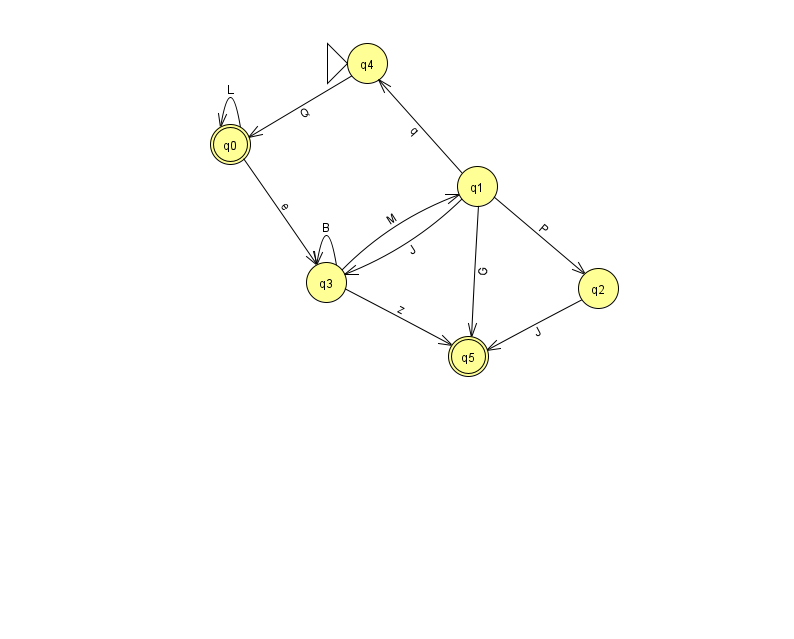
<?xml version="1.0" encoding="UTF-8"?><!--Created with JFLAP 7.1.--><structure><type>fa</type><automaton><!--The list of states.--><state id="0" name="q0"><x>230.0</x><y>131.0</y><final/></state><state id="1" name="q1"><x>477.0</x><y>173.0</y></state><state id="2" name="q2"><x>598.0</x><y>275.0</y></state><state id="3" name="q3"><x>326.0</x><y>269.0</y></state><state id="4" name="q4"><x>367.0</x><y>50.0</y><initial/></state><state id="5" name="q5"><x>468.0</x><y>343.0</y><final/></state><!--The list of transitions.--><transition><from>3</from><to>1</to><read>M</read></transition><transition><from>1</from><to>2</to><read>P</read></transition><transition><from>3</from><to>3</to><read>B</read></transition><transition><from>4</from><to>0</to><read>Q</read></transition><transition><from>1</from><to>4</to><read>q</read></transition><transition><from>1</from><to>5</to><read>G</read></transition><transition><from>3</from><to>5</to><read>z</read></transition><transition><from>1</from><to>3</to><read>J</read></transition><transition><from>2</from><to>5</to><read>J</read></transition><transition><from>0</from><to>0</to><read>L</read></transition><transition><from>0</from><to>3</to><read>e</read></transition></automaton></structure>